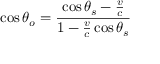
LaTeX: \cos \theta _ { o } = { \frac { \cos \theta _ { s } - { \frac { v } { c } } } { 1 - { \frac { v } { c } } \cos \theta _ { s } } }